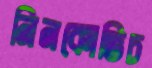
নিনকোভিচ